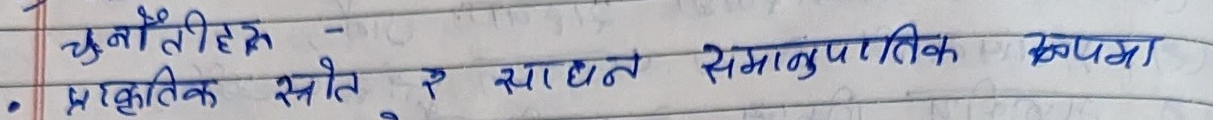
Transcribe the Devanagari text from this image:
चुनौतीहरु -
प्राकृतिक स्रोत र साधन समानुपातिक रुपमा